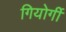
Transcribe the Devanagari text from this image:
गियोर्गी